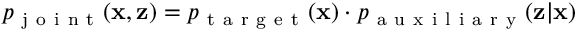
p _ { \mathrm { ~ j ~ o ~ i ~ n ~ t ~ } } ( \mathbf { x } , \mathbf { z } ) = p _ { \mathrm { ~ t ~ a ~ r ~ g ~ e ~ t ~ } } ( \mathbf { x } ) \cdot p _ { \mathrm { ~ a ~ u ~ x ~ i ~ l ~ i ~ a ~ r ~ y ~ } } ( \mathbf { z } | \mathbf { x } )